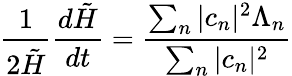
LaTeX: \frac{1}{2\tilde{H}}\frac{d\tilde{H}}{dt}=\frac{\sum_{n}|c_{n}|^{2}\Lambda_{n}}{\sum_{n}|c_{n}|^{2}}